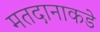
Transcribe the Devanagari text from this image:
मतदानाकडे